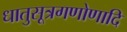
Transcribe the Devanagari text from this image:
धातुसूत्रगणोणादि